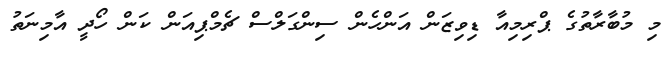
މި މުބާރާތުގެ ޕްރިމިއާ ޑިވިޒަން އަންހެން ސިންގަލްސް ޗެމްޕިއަން ކަން ހޯދީ އާމިނަތު